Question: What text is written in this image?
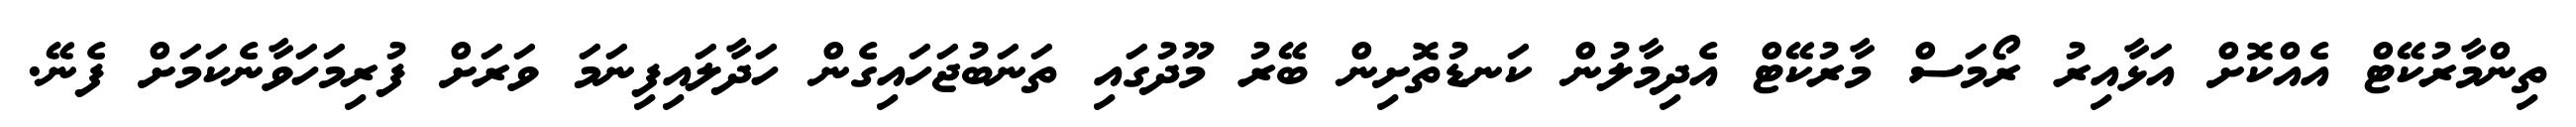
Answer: ތިންމާރުކޭޓް އެއްކޮށް އަޅާއިރު ރޯމަސް މާރުކޭޓް އެދިމާލުން ކަނޑުތޮށިން ބޭރު މޫދުގައި ތަނަބުޖަހައިގެން ހަދާލައިފިނަމަ ވަރަށް ފުރިމަހަވާނެކަމަށް ފެނޭ.